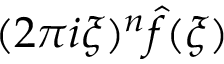
( 2 \pi i \xi ) ^ { n } { \hat { f } } ( \xi )